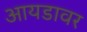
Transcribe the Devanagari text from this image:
आयडावर